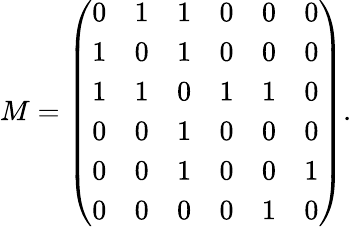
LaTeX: M=\left(\begin{array}{cccccc}{0}&{1}&{1}&{0}&{0}&{0}\\ {1}&{0}&{1}&{0}&{0}&{0}\\ {1}&{1}&{0}&{1}&{1}&{0}\\ {0}&{0}&{1}&{0}&{0}&{0}\\ {0}&{0}&{1}&{0}&{0}&{1}\\ {0}&{0}&{0}&{0}&{1}&{0}\end{array}\right).